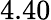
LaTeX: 4.40